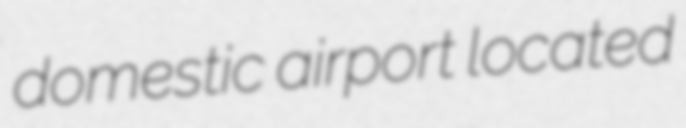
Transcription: domestic airport located